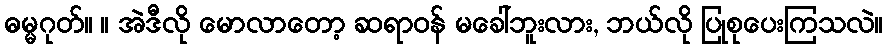
ဓမ္မဂုတ်။ ။ အဲဒီလို မောလာတော့ ဆရာဝန် မခေါ်ဘူးလား, ဘယ်လို ပြုစုပေးကြသလဲ။